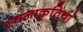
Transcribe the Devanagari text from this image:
स्थलाकृतियां